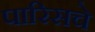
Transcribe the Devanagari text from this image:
पारिसचे